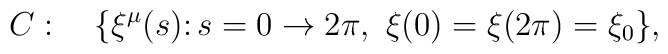
C: \ \ \ \{\xi^\mu(s) \colon s = 0 \rightarrow 2\pi,\ \xi(0) = \xi(2\pi)   = \xi_0 \},